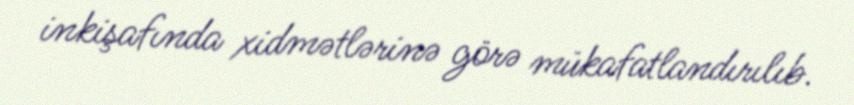
inkişafında xidmətlərinə görə mükafatlandırılıb.